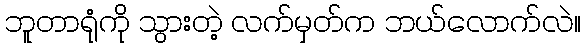
ဘူတာရုံကို သွားတဲ့ လက်မှတ်က ဘယ်လောက်လဲ။